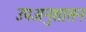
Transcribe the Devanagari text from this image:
उपअनुशासन